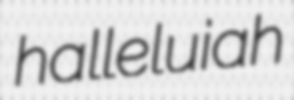
halleluiah